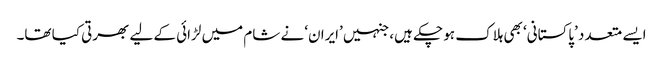
ایسے متعدد ’پاکستانی‘ بھی ہلاک ہو چکے ہیں، جنہیں ’ایران‘ نے شام میں لڑائی کے لیے بھرتی کیا تھا۔